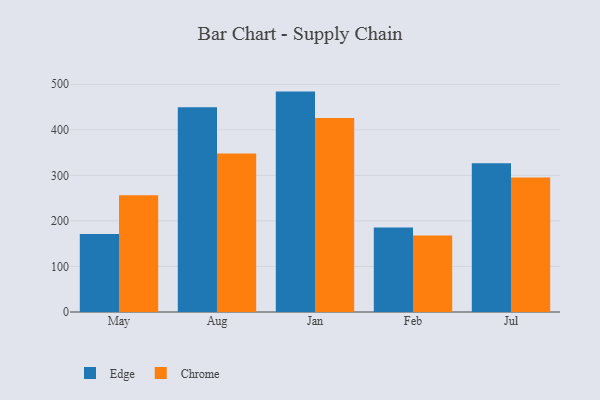
{"axis": {"x": "Month", "y": "Humidity (%)"}, "legend": ["Chrome", "Edge"], "data": [{"x": "May", "y": 171.1, "type": "Edge"}, {"x": "May", "y": 256.4, "type": "Chrome"}, {"x": "Aug", "y": 449.5, "type": "Edge"}, {"x": "Aug", "y": 348.2, "type": "Chrome"}, {"x": "Jan", "y": 483.9, "type": "Edge"}, {"x": "Jan", "y": 425.9, "type": "Chrome"}, {"x": "Feb", "y": 185.3, "type": "Edge"}, {"x": "Feb", "y": 167.7, "type": "Chrome"}, {"x": "Jul", "y": 326.7, "type": "Edge"}, {"x": "Jul", "y": 295.4, "type": "Chrome"}]}